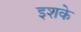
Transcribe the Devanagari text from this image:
इशके